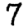
Digit: 7